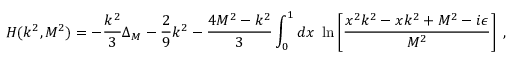
{ \cal H } ( k ^ { 2 } , M ^ { 2 } ) = - \frac { k ^ { 2 } } { 3 } \Delta _ { M } - \frac { 2 } { 9 } k ^ { 2 } - \frac { 4 M ^ { 2 } - k ^ { 2 } } { 3 } \int _ { 0 } ^ { 1 } d x ~ \ln \left[ \frac { { x ^ { 2 } k ^ { 2 } - x k ^ { 2 } + M ^ { 2 } - i \epsilon } } { M ^ { 2 } } \right] \; ,